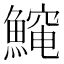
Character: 𱆻